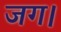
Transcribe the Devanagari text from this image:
जग।